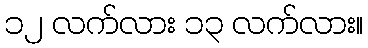
၁၂ လက်လား ၁၃ လက်လား။